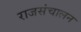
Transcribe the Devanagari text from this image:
राजसंचालन